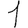
Digit: 1